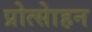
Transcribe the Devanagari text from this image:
प्रोत्साेहन